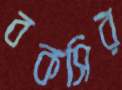
বকসির